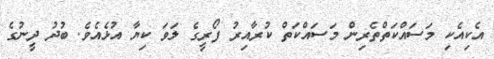
އެކިއެކި މަސައްކަތްތެރިން މަސައްކަތް ކުރާއިރު ފޯރީގެ ލަވަ ކިޔާ އުޅެއެވެ. ބުދު ދީނުގެ